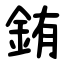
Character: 銪